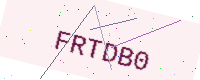
Text: FRTDB0